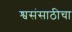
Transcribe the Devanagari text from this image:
श्वसंसाठीचा